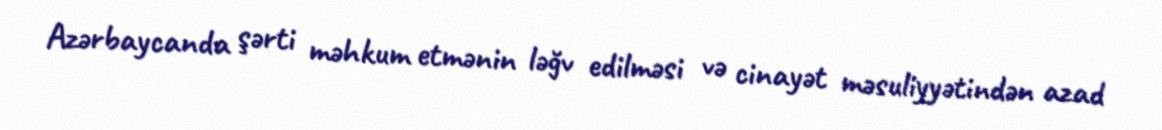
Azərbaycanda şərti məhkum etmənin ləğv edilməsi və cinayət məsuliyyətindən azad